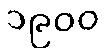
၁၉၀၀